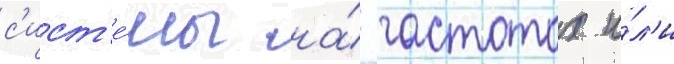
с'ист'е́мы на́ -частотах и́л'и